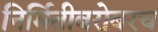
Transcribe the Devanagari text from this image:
निर्मितीबरोबरच